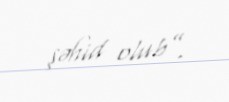
şəhid olub”.